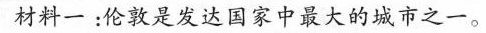
材料一：伦敦是发达国家中最大的城市之一。